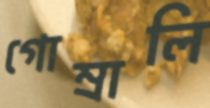
গোম্‌রালি